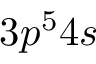
3 p ^ { 5 } 4 s